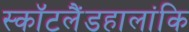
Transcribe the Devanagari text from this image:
स्कॉटलैंडहालांकि